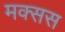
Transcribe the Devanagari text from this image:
मक्सस